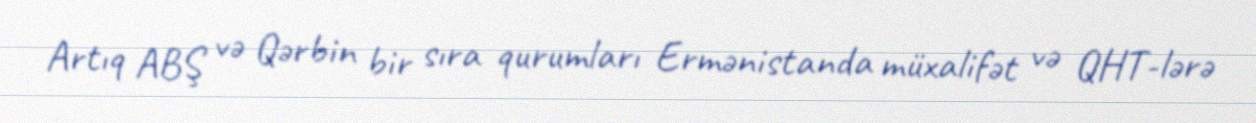
Artıq ABŞ və Qərbin bir sıra qurumları Ermənistanda müxalifət və QHT-lərə